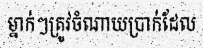
ម្នាក់ៗត្រូវចំណាយប្រាក់ដែល